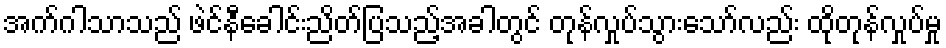
အက်ဂါသာသည် ဖဲင်နီခေါင်းညိတ်ပြသည့်အခါတွင် တုန်လှုပ်သွားသော်လည်း ထိုတုန်လှုပ်မှု